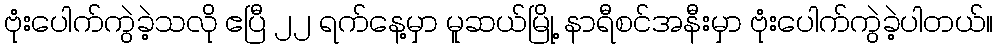
ဗုံးပေါက်ကွဲခဲ့သလို ဧပြီ ၂၂ ရက်နေ့မှာ မူဆယ်မြို့ နာရီစင်အနီးမှာ ဗုံးပေါက်ကွဲခဲ့ပါတယ်။